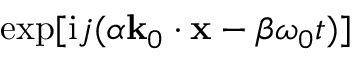
\exp [ \mathrm { i } j ( \alpha \mathbf { k } _ { 0 } \cdot \mathbf { x } - \beta \omega _ { 0 } t ) ]